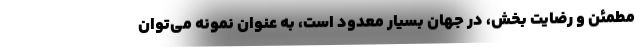
مطمئن و رضایت بخش،‌ در جهان بسیار معدود است،‌ به عنوان نمونه می‌توان